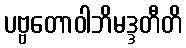
ပဗ္ဗတောဝါဘိမဒ္ဒတီတိ